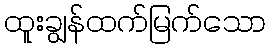
ထူးချွန်ထက်မြက်သော